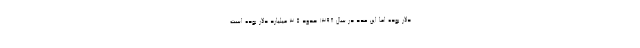
دلار بوده اما این عدد در سال ۱۳۹۸ حدود ۳.۵ میلیارد دلار بوده است.